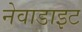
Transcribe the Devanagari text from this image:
नेवाडाइट